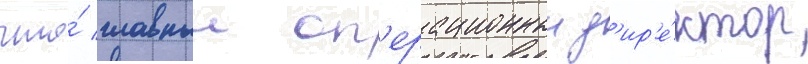
что́ главныи оп'ерационныи д'ир'е́ктор